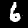
Label: 6